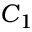
C _ { 1 }